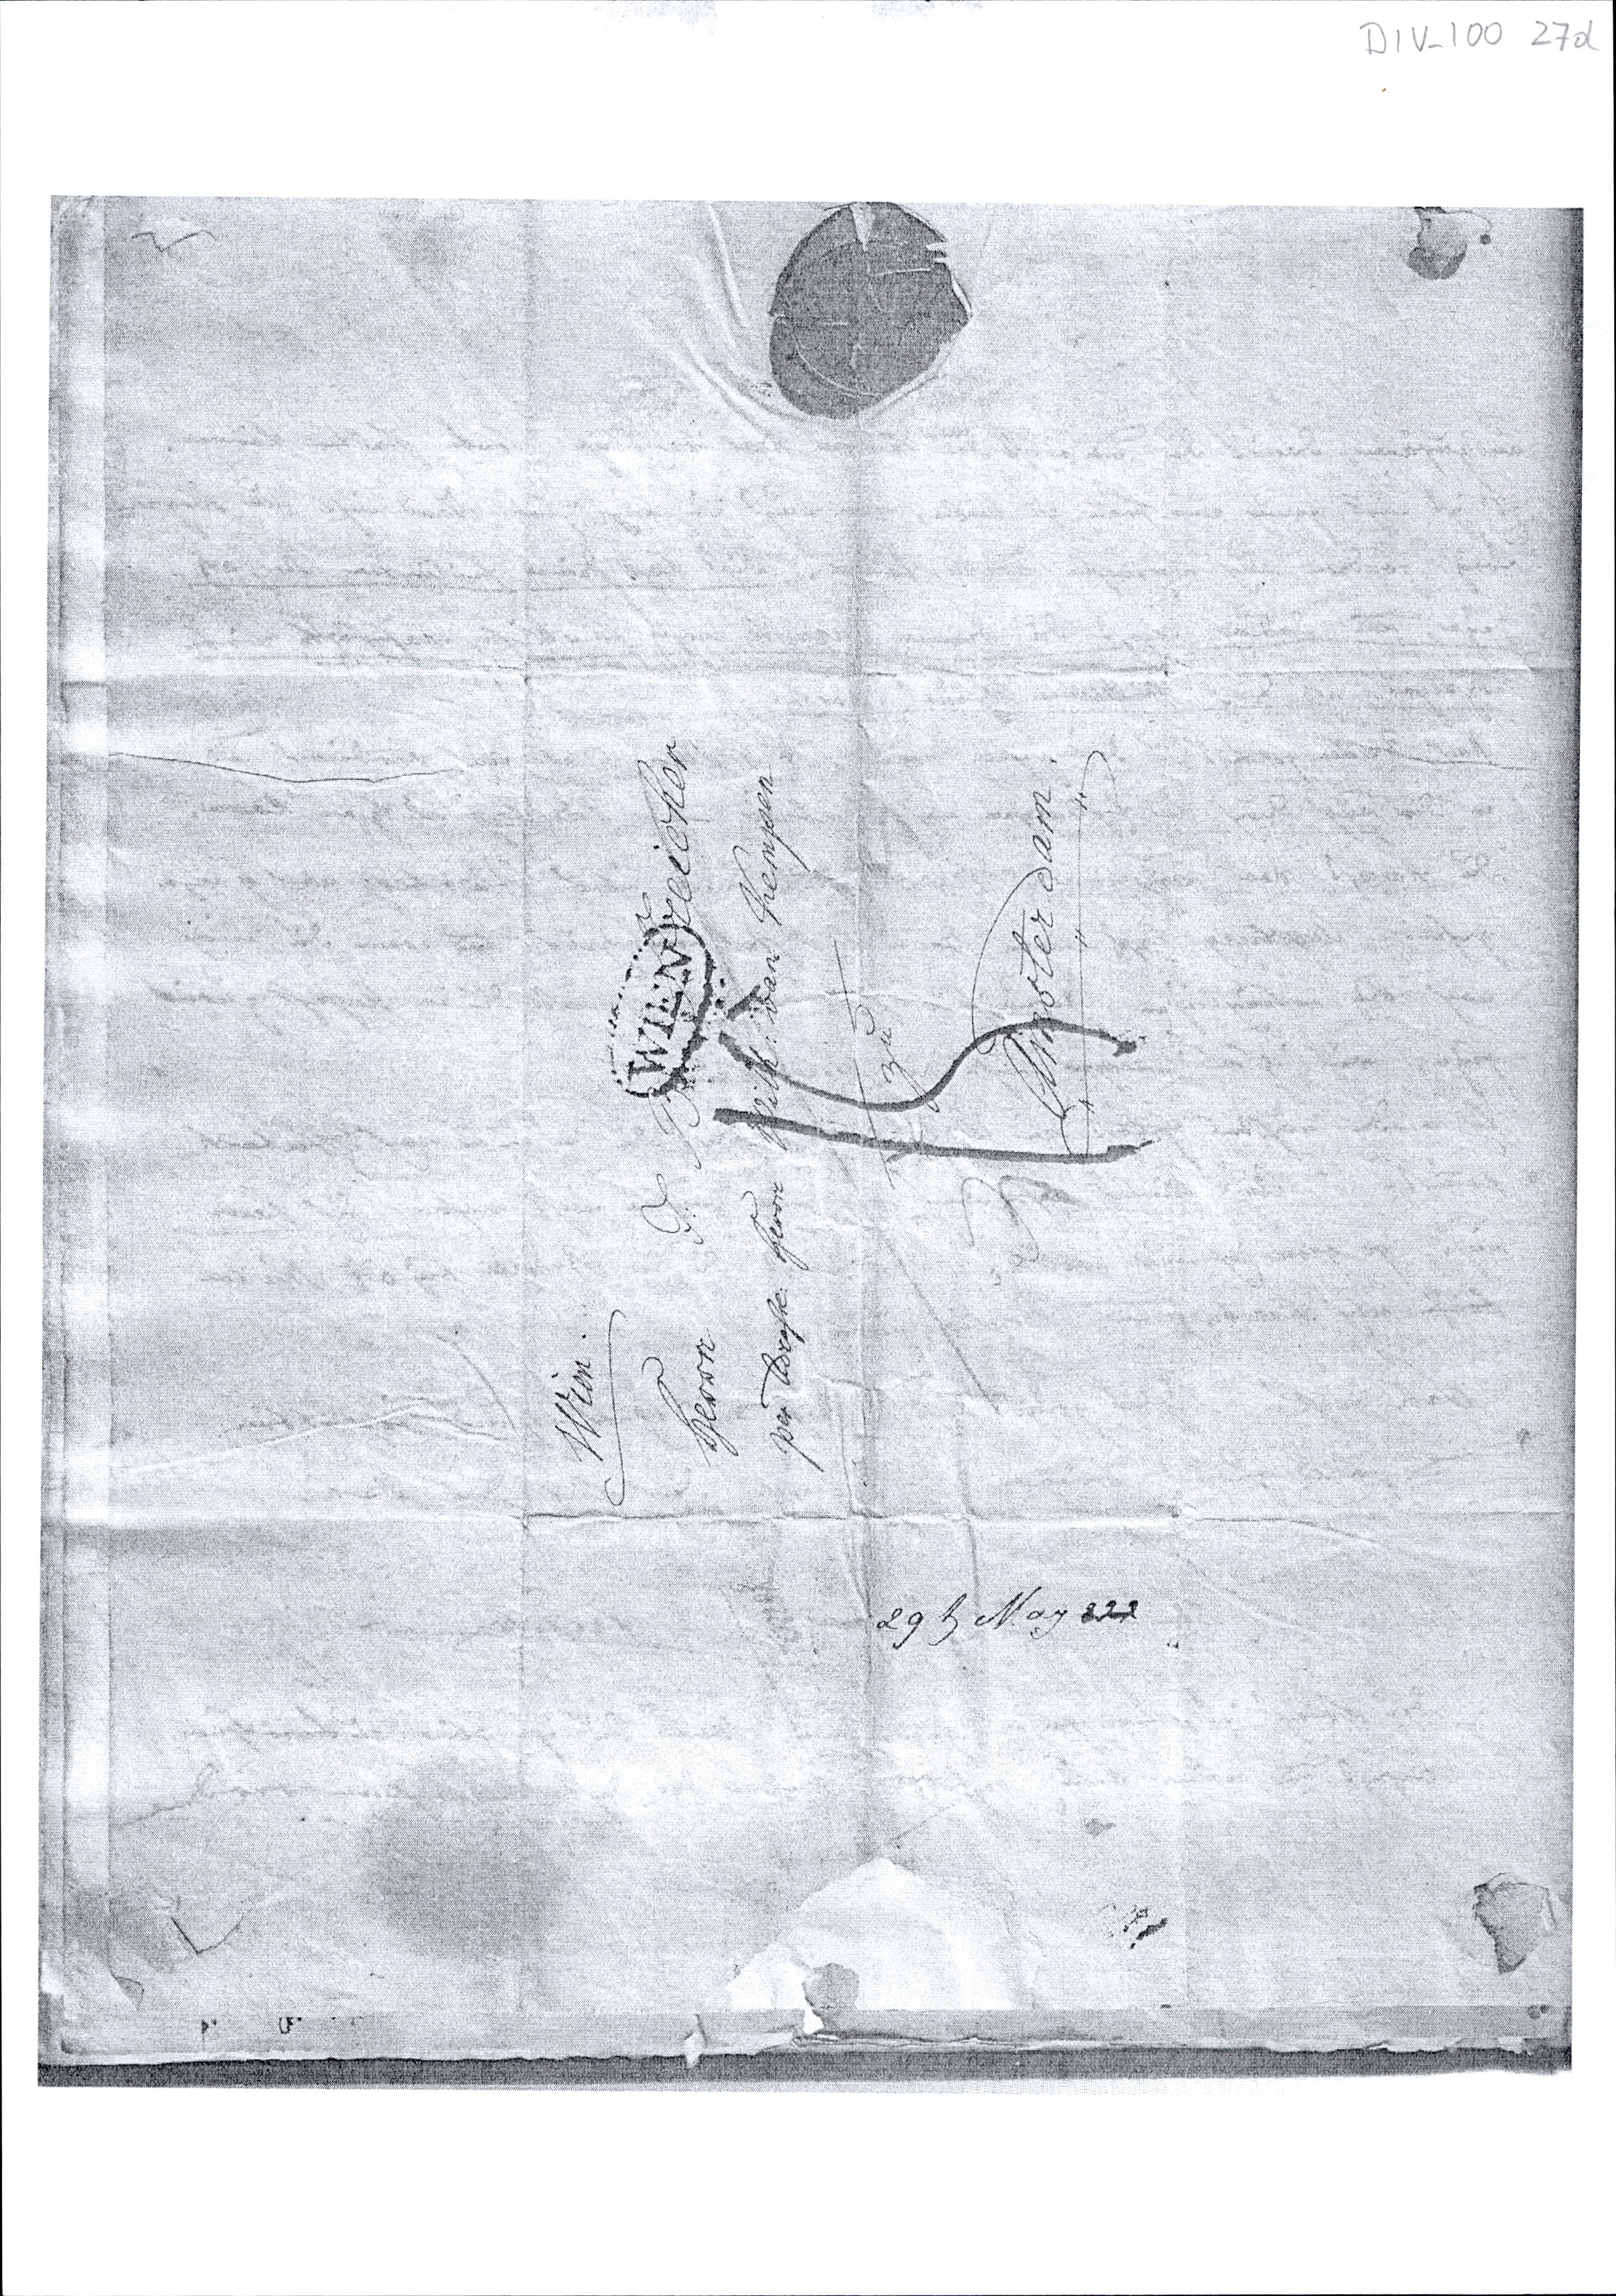
Wien.
Herrn J: B Streicher
per Adresse: Herrn Wilh: van Kempen
zu
Amsterdam
29 t May 822